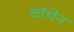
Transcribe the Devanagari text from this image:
वॉथेन